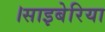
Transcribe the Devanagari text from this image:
।साइबेरिया